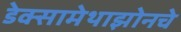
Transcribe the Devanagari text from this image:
डेक्सामेथाझोनचे